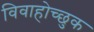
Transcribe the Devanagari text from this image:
विवाहोच्छुक